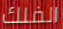
الفلك